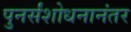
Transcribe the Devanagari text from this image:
पुनर्संशोधनानंतर